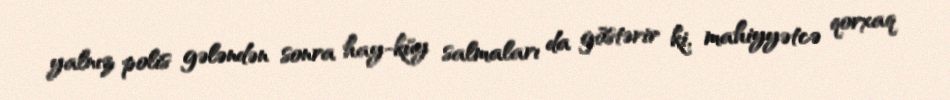
yalnız polis gələndən sonra hay-küy salmaları da göstərir ki, mahiyyətcə qorxaq